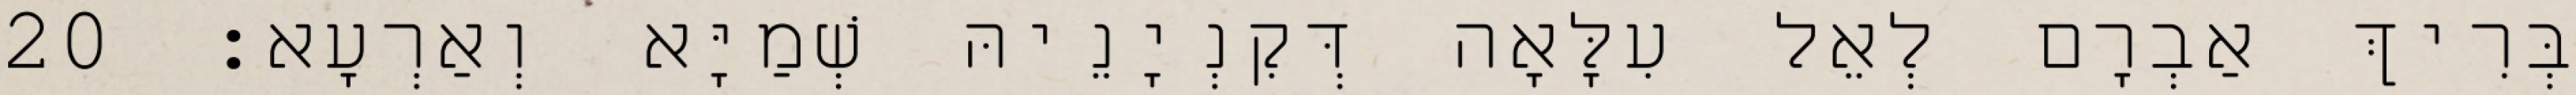
בְּרִיךְ אַבְרָם לְאֵל עִלָּאָה דְּקִנְיָנֵיהּ שְׁמַיָּא וְאַרְעָא׃ 20